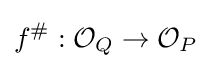
f^{\#}:{\mathcal {O}}_{Q}\to {\mathcal {O}}_{P}